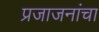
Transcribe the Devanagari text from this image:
प्रजाजनांचा